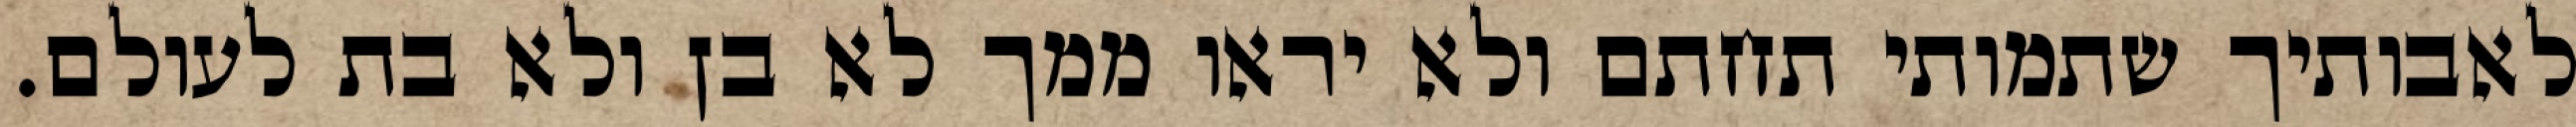
לאבותיך שתמותי תחתם ולא יראו ממך לא בן ולא בת לעולם.